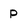
Character: P